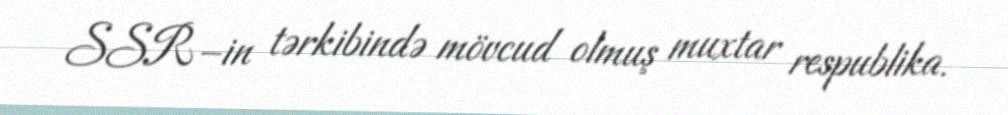
SSR–in tərkibində mövcud olmuş muxtar respublika.